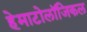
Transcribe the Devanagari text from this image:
हेमाटोलॉजिकल